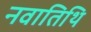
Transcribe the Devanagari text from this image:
नवातिथि